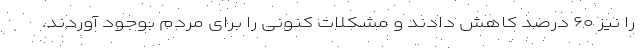
را نیز ۶۰ درصد کاهش دادند و مشکلات کنونی را برای مردم بوجود آوردند.